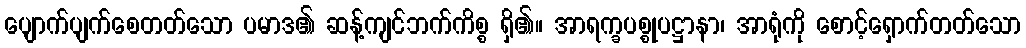
ပျောက်ပျက်စေတတ်သော ပမာဒ၏ ဆန့်ကျင်ဘက်ကိစ္စ ရှိ၏။ အာရက္ခပစ္စုပဋ္ဌာနာ၊ အာရုံကို စောင့်ရှောက်တတ်သော